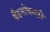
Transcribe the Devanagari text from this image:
बँडसोबतही